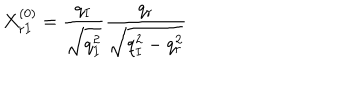
LaTeX: X _ { r I } ^ { ( 0 ) } = \frac { q _ { I } } { \sqrt { q _ { I } ^ { 2 } } } \frac { q _ { r } } { \sqrt { q _ { I } ^ { 2 } - q _ { r } ^ { 2 } } }